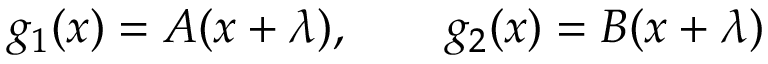
g _ { 1 } ( x ) = A ( x + \lambda ) , \qquad g _ { 2 } ( x ) = B ( x + \lambda )